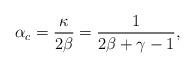
LaTeX: \begin{align*}\alpha_c=\frac{\kappa}{2\beta}=\frac{1}{2\beta+\gamma-1},\end{align*}